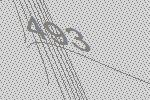
493